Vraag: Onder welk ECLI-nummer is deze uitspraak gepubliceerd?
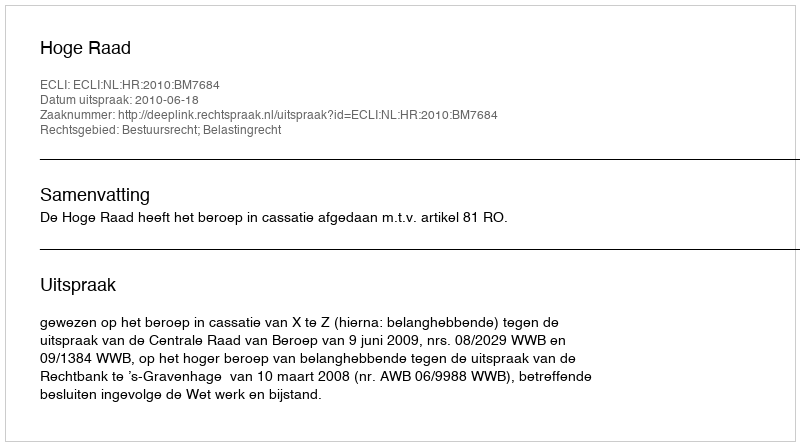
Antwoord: ECLI:NL:HR:2010:BM7684